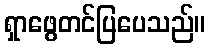
ရှာဖွေတင်ပြပေသည်။